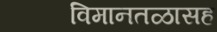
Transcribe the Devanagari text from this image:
विमानतळासह